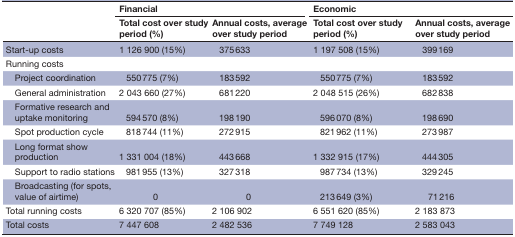
<table><thead><tr><td rowspan="2"></td><td colspan="2"><b>Financial</b></td><td colspan="2"><b>Economic</b></td></tr><tr><td><b>Total cost over study period (%)</b></td><td><b>Annual costs, average over study period</b></td><td><b>Total cost over study period (%)</b></td><td><b>Annual costs, average over study period</b></td></tr></thead><tbody><tr><td>Start-up costs</td><td>1 126 900 (15%)</td><td>375 633</td><td>1 197 508 (15%)</td><td>399 169</td></tr><tr><td>Running costs</td><td></td><td></td><td></td><td></td></tr><tr><td> Project coordination</td><td>550 775 (7%)</td><td>183 592</td><td>550 775 (7%)</td><td>183 592</td></tr><tr><td> General administration</td><td>2 043 660 (27%)</td><td>681 220</td><td>2 048 515 (26%)</td><td>682 838</td></tr><tr><td> Formative research and uptake monitoring</td><td>594 570 (8%)</td><td>198 190</td><td>596 070 (8%)</td><td>198 690</td></tr><tr><td> Spot production cycle</td><td>818 744 (11%)</td><td>272 915</td><td>821 962 (11%)</td><td>273 987</td></tr><tr><td> Long format show production</td><td>1 331 004 (18%)</td><td>443 668</td><td>1 332 915 (17%)</td><td>444 305</td></tr><tr><td> Support to radio stations</td><td>981 955 (13%)</td><td>327 318</td><td>987 734 (13%)</td><td>329 245</td></tr><tr><td> Broadcasting (for spots, value of airtime)</td><td>0</td><td>0</td><td>213 649 (3%)</td><td>71 216</td></tr><tr><td>Total running costs</td><td>6 320 707 (85%)</td><td>2 106 902</td><td>6 551 620 (85%)</td><td>2 183 873</td></tr><tr><td>Total costs</td><td>7 447 608</td><td>2 482 536</td><td>7 749 128</td><td>2 583 043</td></tr></tbody></table>